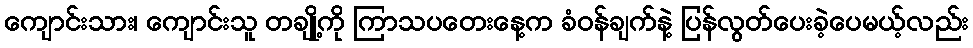
ကျောင်းသား၊ ကျောင်းသူ တချို့ကို ကြာသပတေးနေ့က ခံဝန်ချက်နဲ့ ပြန်လွတ်ပေးခဲ့ပေမယ့်လည်း